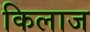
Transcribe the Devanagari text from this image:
किलाज